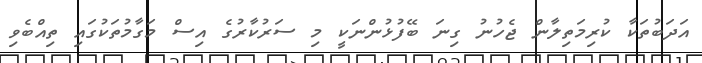
އަދަބުތަކާ ކުރިމަތިލާން ޖެހުނު ގިނަ ބޭފުޅުންނަކީ މި ސަރުކާރުގެ އިސް މަގާމުތަކުގައި ތިއްބެވި